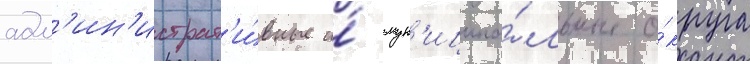
адм'ин'истрат'и́вные и́ мун'иципа́льные о́круга